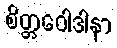
စိတ္တဝေါဒါနာ